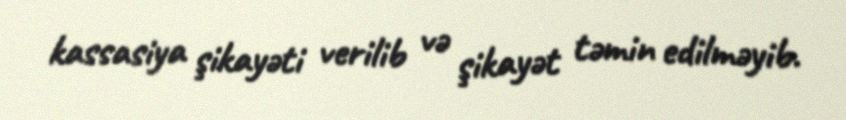
kassasiya şikayəti verilib və şikayət təmin edilməyib.